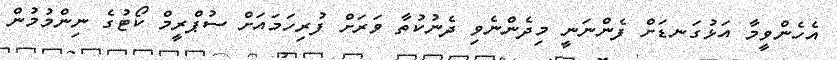
އެހެންވީމާ އަޅުގަނޑަށް ފެންނަނީ މިދެންނެވި ދެނުކުތާ ވަރަށް ފުރިހަމައަށް ސުޕްރީމް ކޯޓުގެ ނިންމުމުން